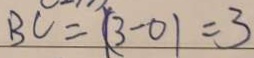
B C = ( 3 - 0 ) = 3